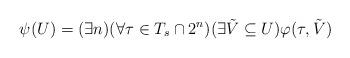
LaTeX: \begin{align*}\psi(U) = (\exists n)(\forall \tau \in T_s \cap 2^n)(\exists \tilde{V} \subseteq U)\varphi(\tau, \tilde{V})\end{align*}